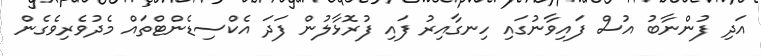
އަދި ފުންނާބު އުސް ފައިވާނުގައި ހިނގާއިރު ފައި ފުރޮޅާލުން ފަދަ އެކްސިޑެންޓްތައް މެދުވެރިވެގެން